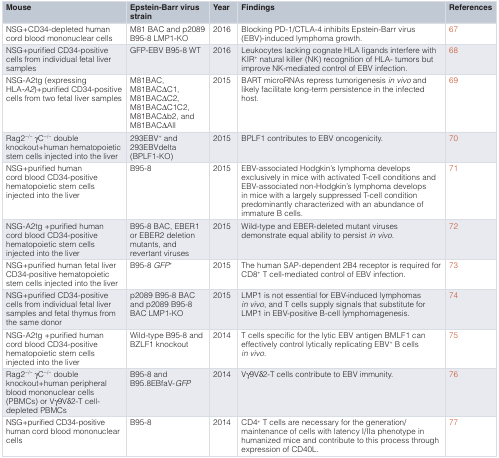
<table><thead><tr><td><b>Mouse</b></td><td><b>Epstein-Barr virusstrain</b></td><td><b>Year</b></td><td><b>Findings</b></td><td><b>References</b></td></tr></thead><tbody><tr><td>NSG+CD34-depleted humancord blood mononuclear cells</td><td>M81 BAC and p2089B95-8 LMP1-KO</td><td>2016</td><td>Blocking PD-1/CTLA-4 inhibits Epstein-Barr virus(EBV)-induced lymphoma growth.</td><td>67</td></tr><tr><td>NSG+purified CD34-positivecells from individual fetal liversamples</td><td>GFP-EBV B95-8 WT</td><td>2016</td><td>Leukocytes lacking cognate HLA ligands interfere withKIR<sup>+</sup> natural killer (NK) recognition of HLA- tumors butimprove NK-mediated control of EBV infection.</td><td>68</td></tr><tr><td>NSG-A2tg (expressingHLA<i>-A2</i>)+purified CD34-positivecells from two fetal liver samples</td><td>M81BAC,M81BACΔC1,M81BACΔC2,M81BACΔC1C2,M81BACΔb2, andM81BACΔAll</td><td>2015</td><td>BART microRNAs repress tumorigenesis<i>in vivo</i> andlikely facilitate long-term persistence in the infectedhost.</td><td>69</td></tr><tr><td>Rag2<sup>−/−</sup> γC<sup>−/−</sup> doubleknockout+human hematopoieticstem cells injected into the liver</td><td>293EBV<sup>+</sup> and293EBVdelta(BPLF1-KO)</td><td>2015</td><td>BPLF1 contributes to EBV oncogenicity.</td><td>70</td></tr><tr><td>NSG+purified humancord blood CD34-positivehematopoietic stem cellsinjected into the liver</td><td>B95-8</td><td>2015</td><td>EBV-associated Hodgkin’s lymphoma developsexclusively in mice with activated T-cell conditions andEBV-associated non-Hodgkin’s lymphoma developsin mice with a largely suppressed T-cell conditionpredominantly characterized with an abundance ofimmature B cells.</td><td>71</td></tr><tr><td>NSG-A2tg +purified humancord blood CD34-positivehematopoietic stem cellsinjected into the liver</td><td>B95-8 BAC, EBER1or EBER2 deletionmutants, andrevertant viruses</td><td>2015</td><td>Wild-type and EBER-deleted mutant virusesdemonstrate equal ability to persist<i>in vivo</i>.</td><td>72</td></tr><tr><td>NSG+purified human fetal liverCD34-positive hematopoieticstem cells injected into the liver</td><td>B95-8<i>GFP</i><sup>+</sup></td><td>2015</td><td>The human SAP-dependent 2B4 receptor is required forCD8<sup>+</sup> T cell-mediated control of EBV infection.</td><td>73</td></tr><tr><td>NSG+purified CD34-positivecells from individual fetal liversamples and fetal thymus fromthe same donor</td><td>p2089 B95-8 BACand p2089 B95-8BAC LMP1-KO</td><td>2015</td><td>LMP1 is not essential for EBV-induced lymphomas<i>in vivo</i>, and T cells supply signals that substitute forLMP1 in EBV-positive B-cell lymphomagenesis.</td><td>74</td></tr><tr><td>NSG-A2tg +purified humancord blood CD34-positivehematopoietic stem cellsinjected into the liver</td><td>Wild-type B95-8 andBZLF1 knockout</td><td>2014</td><td>T cells specific for the lytic EBV antigen BMLF1 caneffectively control lytically replicating EBV<sup>+</sup> B cells<i>in vivo</i>.</td><td>75</td></tr><tr><td>Rag2<sup>−/−</sup> γC<sup>−/−</sup> doubleknockout+human peripheralblood mononuclear cells(PBMCs) or Vγ9Vδ2-T cell-depleted PBMCs</td><td>B95-8 andB95.8EBfaV-<i>GFP</i></td><td>2014</td><td>Vγ9Vδ2-T cells contribute to EBV immunity.</td><td>76</td></tr><tr><td>NSG+purified CD34-positivehuman cord blood mononuclearcells</td><td>B95-8</td><td>2014</td><td>CD4<sup>+</sup> T cells are necessary for the generation/maintenance of cells with latency I/IIa phenotype inhumanized mice and contribute to this process throughexpression of CD40L.</td><td>77</td></tr></tbody></table>